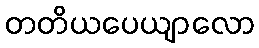
တတိယပေယျာလော